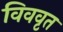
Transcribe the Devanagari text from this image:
विववृत